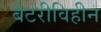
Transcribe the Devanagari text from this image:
बैटरीविहीन